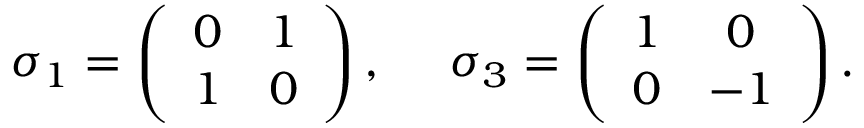
\sigma _ { 1 } = \left( \begin{array} { c c } { { 0 } } & { { 1 } } \\ { { 1 } } & { { 0 } } \end{array} \right) , ~ ~ ~ ~ \sigma _ { 3 } = \left( \begin{array} { c c } { { 1 } } & { { 0 } } \\ { { 0 } } & { { - 1 } } \end{array} \right) .